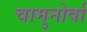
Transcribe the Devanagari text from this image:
चामुनोर्वा